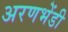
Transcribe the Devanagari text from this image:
अरणभेंडी